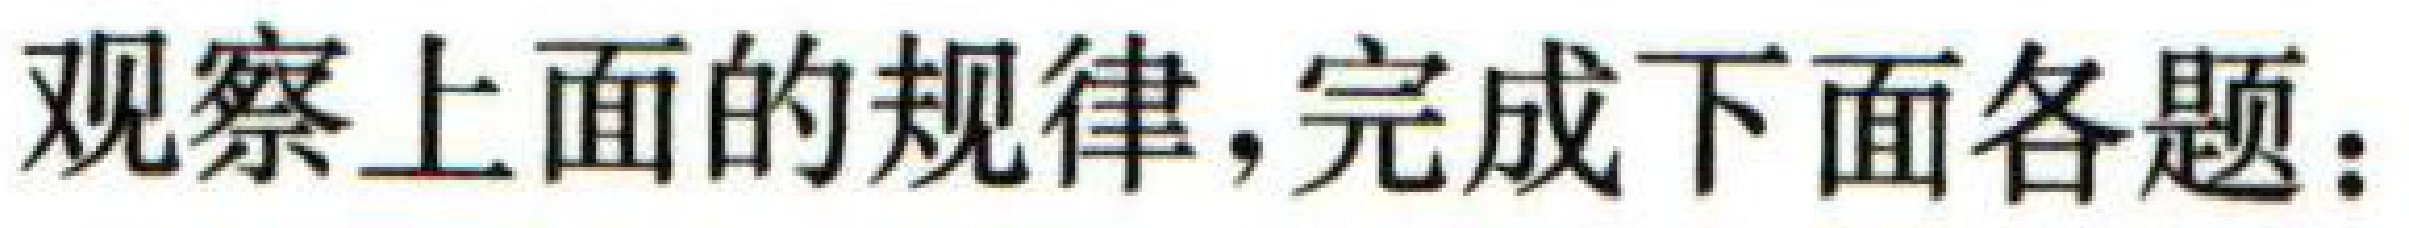
观察上面的规律，完成下面各题：